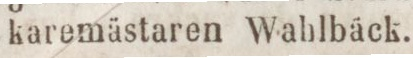
karemästaren Wahlbäck.